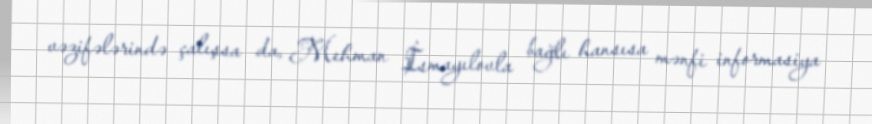
vəzifələrində çalışsa da, Mehman İsmayılovla bağlı hansısa mənfi informasiya